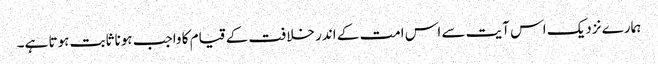
ہمارے نزدیک اس آیت سے اس امت کے اندر خلافت کے قیام کا واجب ہونا ثابت ہوتا ہے۔